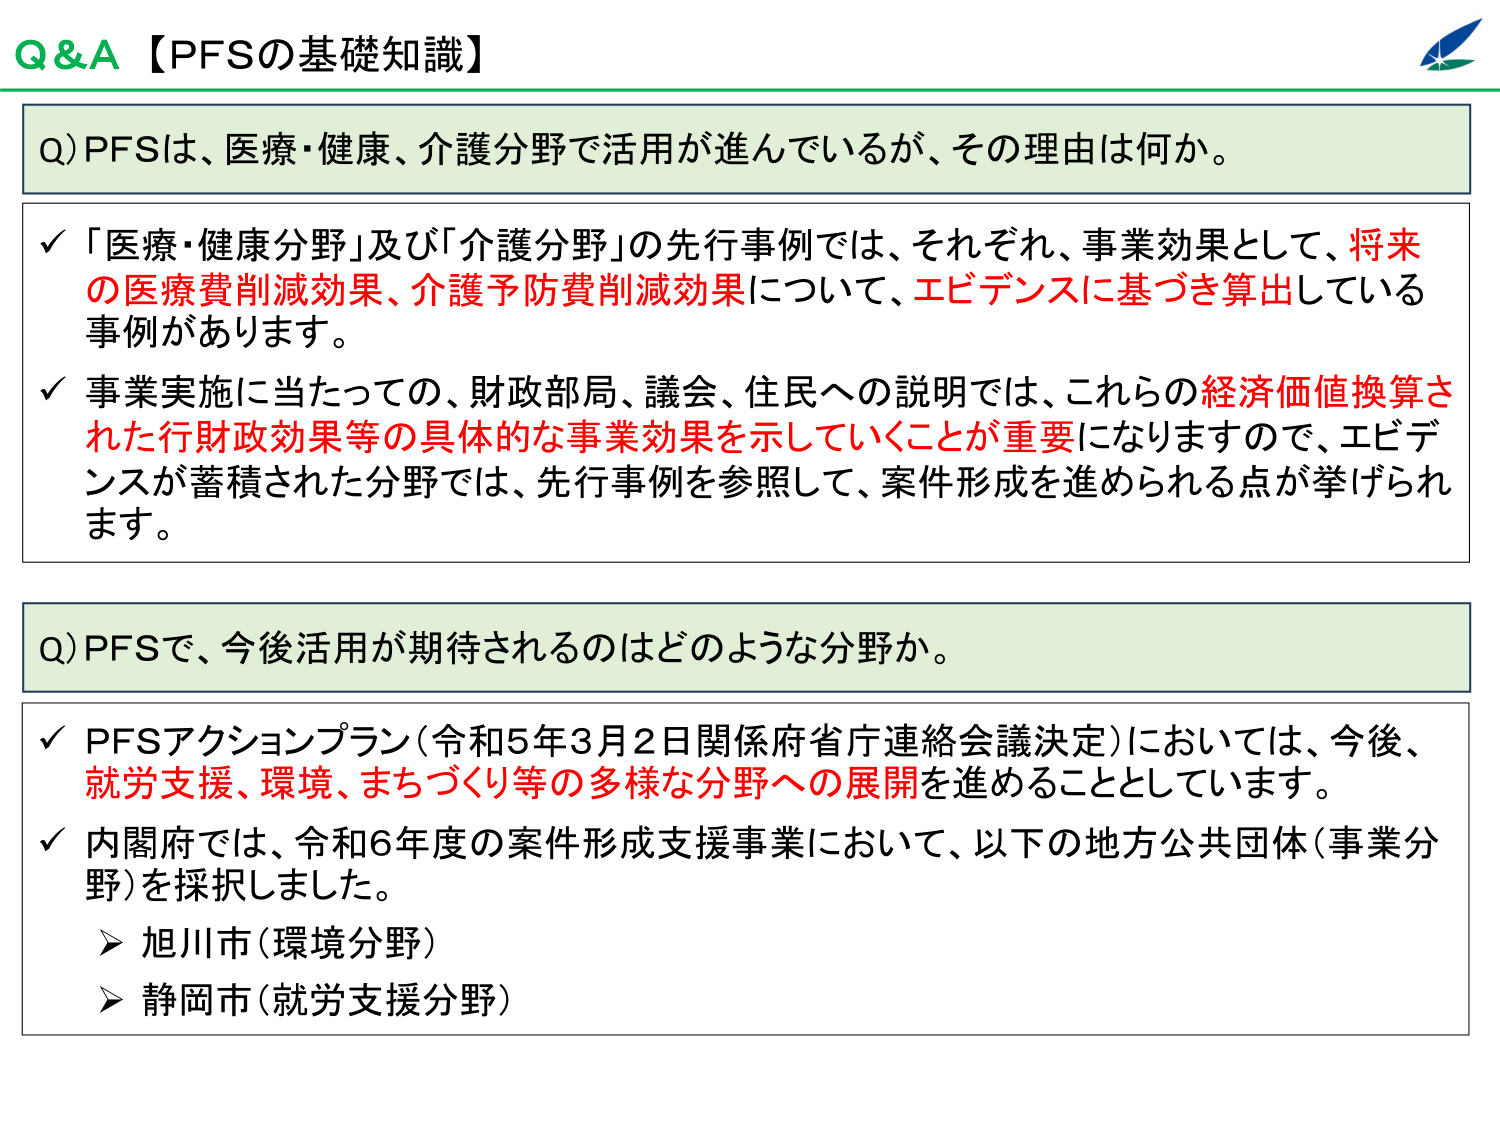
Q&A【PFSの基礎知識】

Q) PFSは、医療・健康、介護分野で活用が進んでいるが、その理由は何か。

✓ 「医療・健康分野」及び「介護分野」の先行事例では、それぞれ、事業効果として、将来の医療費削減効果、介護予防費削減効果について、エビデンスに基づき算出している事例があります。

✓ 事業実施に当たっての、財政部局、議会、住民への説明では、これらの経済価値換算された行財政効果等の具体的な事業効果を示していくことが重要になりますので、エビデンスが蓄積された分野では、先行事例を参照して、案件形成を進められる点が挙げられます。

Q) PFSで、今後活用が期待されるのはどのような分野か。

✓ PFSアクションプラン（令和5年3月2日関係府省庁連絡会議決定）においては、今後、就労支援、環境、まちづくり等の多様な分野への展開を進めていくとしています。

✓ 内閣府では、令和6年度の案件形成支援事業において、以下の地方公共団体（事業分野）を採択しました。
➤ 旭川市（環境分野）
➤ 静岡市（就労支援分野）